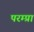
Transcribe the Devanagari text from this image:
परम्प्रा